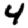
Digit: 4